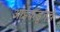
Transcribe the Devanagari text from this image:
आईकडूनचे